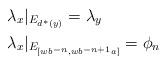
LaTeX: \begin{align*}&\lambda_x|_{E_{d^*(y)}} = \lambda_y \\&\lambda_x|_{E_{[wb^{-n}, wb^{-n+1}a]}} = \phi_n \end{align*}